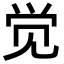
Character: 觉